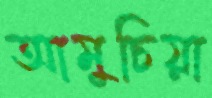
আমুচিয়া